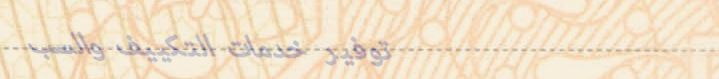
توفير خدمات التكييف والسب